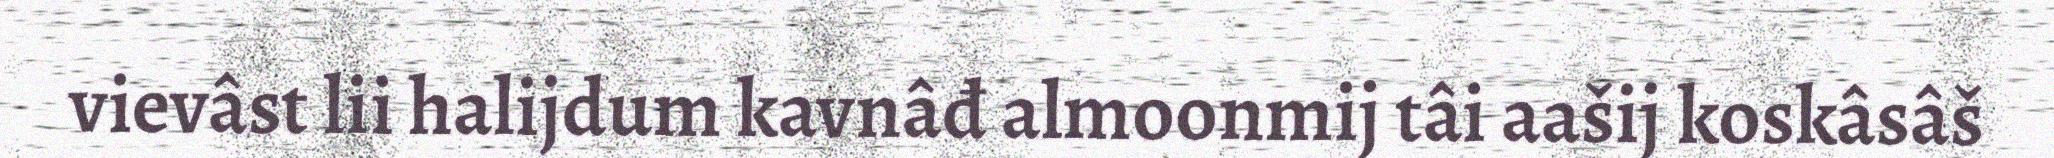
vievâst lii halijdum kavnâđ almoonmij tâi aašij koskâsâš